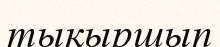
тықыршып